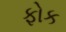
ફોક